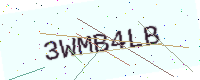
Text: 3WMB4LB